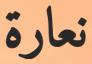
نعارة